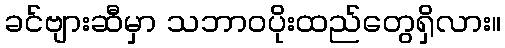
ခင်ဗျားဆီမှာ သဘာဝပိုးထည်တွေရှိလား။